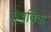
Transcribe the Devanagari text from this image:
ब्रंजविक